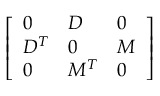
\left[ \begin{array} { l l l } { { 0 } } & { { D } } & { { 0 } } \\ { { D ^ { T } } } & { { 0 } } & { { M } } \\ { { 0 } } & { { M ^ { T } } } & { { 0 } } \end{array} \right]